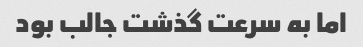
اما به سرعت گذشت جالب بود